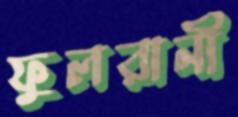
ফুলরানী